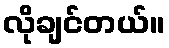
လိုချင်တယ်။